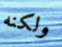
ولكنه